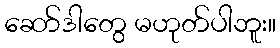
ဆော်ဒါတွေ မဟုတ်ပါဘူး။